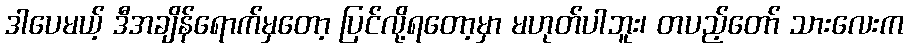
ဒါပေမယ့် ဒီအချိန်ရောက်မှတော့ ပြင်လို့ရတော့မှာ မဟုတ်ပါဘူး၊ တပည့်တော် သားလေးက